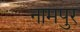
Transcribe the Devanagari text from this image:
नामपुर